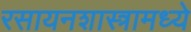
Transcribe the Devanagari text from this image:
रसायनशास्त्रामध्ये